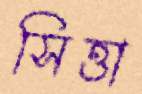
সিত্তা